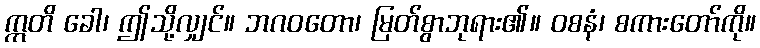
ဣတိ ခေါ၊ ဤသို့လျှင်။ ဘဂဝတော၊ မြတ်စွာဘုရား၏။ ဝစနံ၊ စကားတော်ကို။